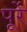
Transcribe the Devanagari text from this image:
पूर्रे